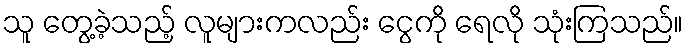
သူ တွေ့ခဲ့သည့် လူများကလည်း ငွေကို ရေလို သုံးကြသည်။